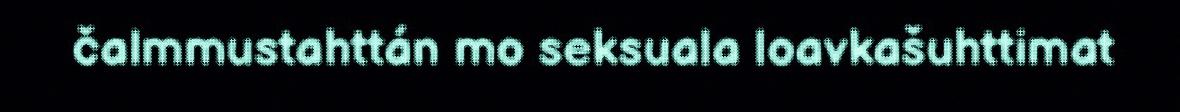
čalmmustahttán mo seksuala loavkašuhttimat